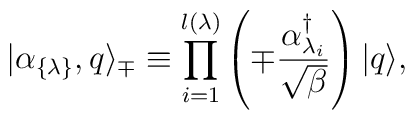
| \alpha_{\{ \lambda \} }, q \rangle_{\mp}\equiv\prod_{i=1}^{l(\lambda)} \left(\mp {\alpha_{\lambda_i}^{\dagger} \over \sqrt{\beta}} \right)|q \rangle,